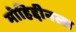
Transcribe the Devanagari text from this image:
मोहिद्दीनला